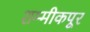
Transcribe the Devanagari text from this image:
शम्मीकपूर